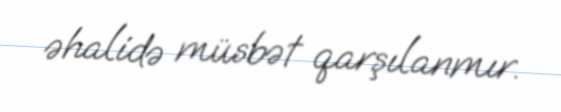
əhalidə müsbət qarşılanmır.